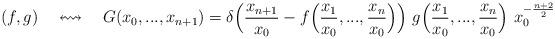
LaTeX: \begin{align*} (f,g)~~~\leftrightsquigarrow ~~~G(x_0,...,x_{n+1})=\delta\Big(\frac{x_{n+1}}{x_0}-f\Big(\frac{x_1}{x_0},...,\frac{x_n}{x_0}\Big)\Big)~g\Big(\frac{x_1}{x_0},...,\frac{x_n}{x_0}\Big)~x_0^{-\frac{n+2}{2}} \end{align*}